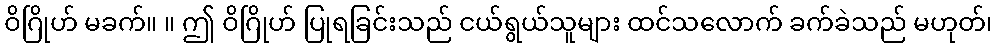
ဝိဂြိုဟ် မခက်။ ။ ဤ ဝိဂြိုဟ် ပြုရခြင်းသည် ငယ်ရွယ်သူများ ထင်သလောက် ခက်ခဲသည် မဟုတ်၊